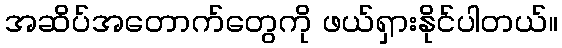
အဆိပ်အတောက်တွေကို ဖယ်ရှားနိုင်ပါတယ်။